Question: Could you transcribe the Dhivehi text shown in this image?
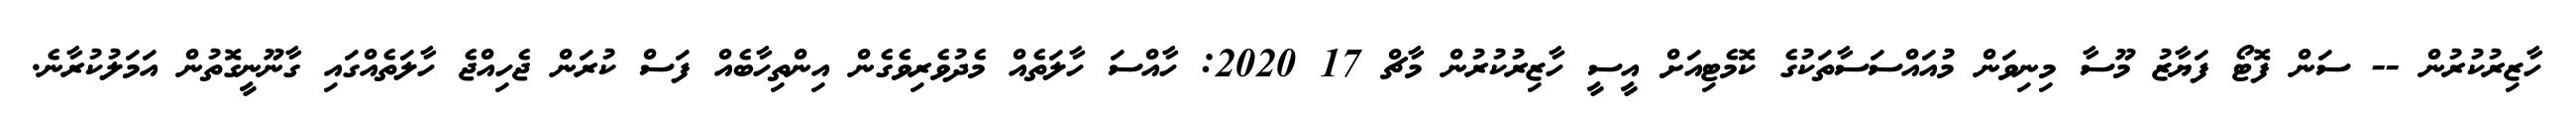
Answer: ހާޒިރުކުރުން -- ސަން ފޮޓޯ ފަޔާޒު މޫސާ މިނިވަން މުއައްސަސާތަކުގެ ކޮމެޓިއަށް އީސީ ހާޒިރުކުރުން މާޗް 17 2020: ހާއްސަ ހާލަތެއް މެދުވެރިވެގެން އިންތިހާބެއް ފަސް ކުރަން ޖެހިއްޖެ ހާލަތެއްގައި ގާނޫނީގޮތުން އަމަލުކުރާނެ.